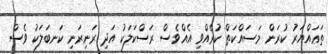
ތަޢައްޔަރު ކުރަން މަސައްކަތް ކުރެއްވި އެއްވެސް ރަސްކަލަކު އަދި ރަނިރަނި ކަނބަލަކު ވެސް